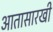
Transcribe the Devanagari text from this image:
आतासारखी